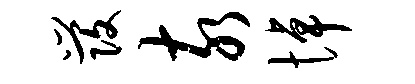
发亥悼